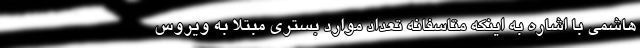
هاشمی با اشاره به اینکه متاسفانه تعداد موارد بستری مبتلا به ویروس